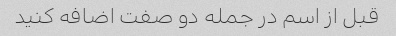
قبل از اسم در جمله دو صفت اضافه کنید